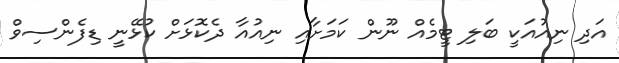
އަދި ނިއުއަކީ ބަލި ޓީމެއް ނޫން ކަމަށާއި ނިއުއާ ދެކޮޅަށް ކުޅޭނީ ޑިފެންސިވް